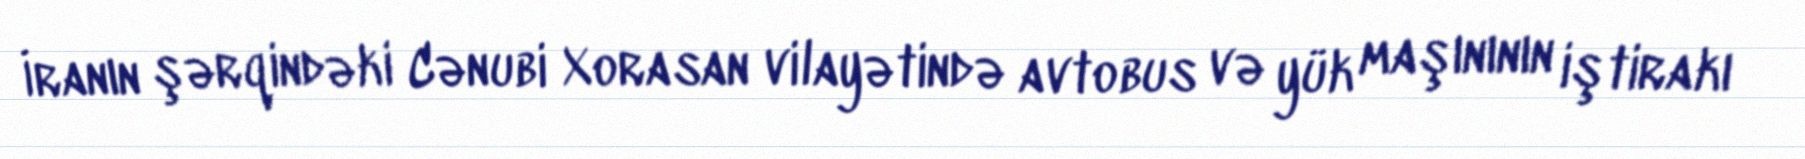
İranın şərqindəki Cənubi Xorasan vilayətində avtobus və yük maşınının iştirakı